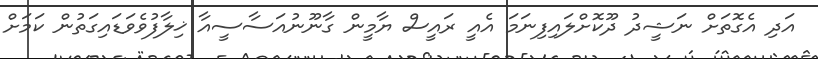
އަދި އެގޮތަށް ނަޝީދު ދޫކޮށްލައިފިނަމަ އެއީ ރައީސް ޔާމީން ގާނޫނުއަސާސީއާ ޚިލާފުވެވަޑައިގަތުން ކަމަށް